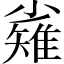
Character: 𱚫